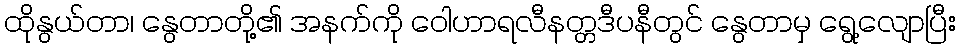
ထိုနွယ်တာ၊ နွေတာတို့၏ အနက်ကို ဝေါဟာရလီနတ္တဒီပနီတွင် နွေတာမှ ရွေ့လျောပြီး